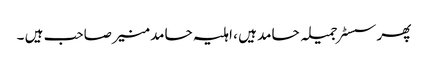
پھر سسٹر جمیلہ حامد ہیں ، اہلیہ حامد منیر صاحب ہیں ۔